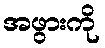
အဖွားကို